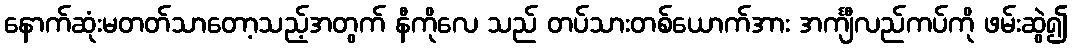
နောက်ဆုံးမတတ်သာတော့သည့်အတွက် နီကိုလေ သည် တပ်သားတစ်ယောက်အား အင်္ကျီလည်ကပ်ကို ဖမ်းဆွဲ၍